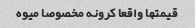
قیمتها واقعا کرونه مخصوصا میوه